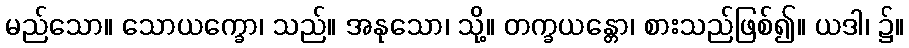
မည်သော။ သောယက္ခော၊ သည်။ အနုသော၊ သို့။ တက္ခယန္တော၊ စားသည်ဖြစ်၍။ ယဒါ၊ ၌။